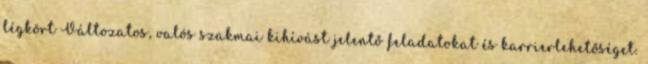
légkört Változatos, valós szakmai kihívást jelentő feladatokat és karrierlehetőséget.